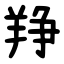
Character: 䍵